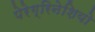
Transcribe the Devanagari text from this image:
पेरेग्रिनेशियो